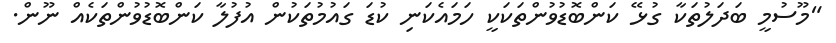
"މޫސުމީ ބަދަލުތަކާ ގުޅޭ ކަންބޮޑުވުންތަކަކީ ހަމައެކަނި ކުޑަ ގައުމުތަކުން އުފުލާ ކަންބޮޑުވުންތަކެއް ނޫން.